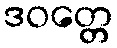
ဒဝတ္တေ